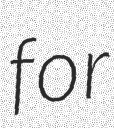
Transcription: for